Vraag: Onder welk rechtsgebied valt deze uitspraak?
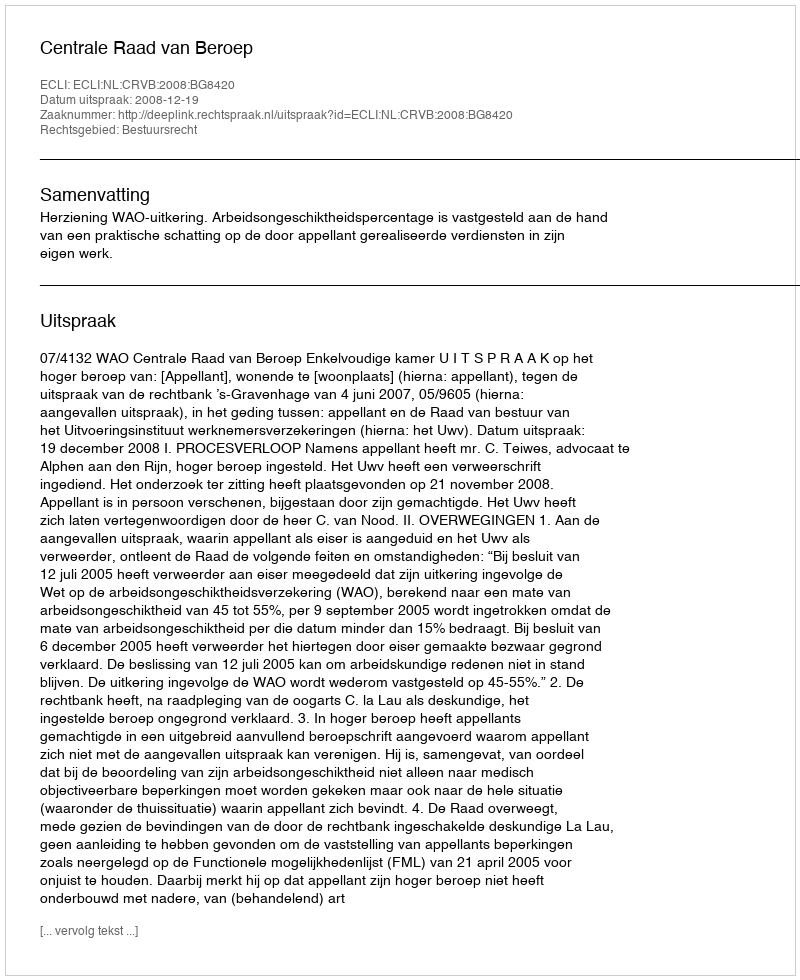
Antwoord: Bestuursrecht